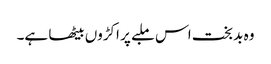
وہ بد بخت اس ملبے پر اکڑوں بیٹھا ہے۔